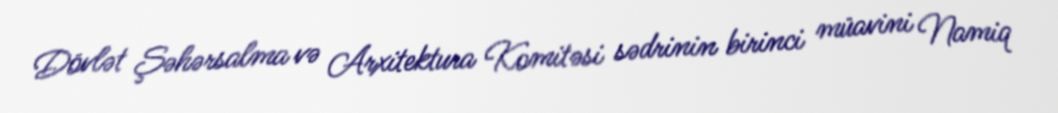
Dövlət Şəhərsalma və Arxitektura Komitəsi sədrinin birinci müavini Namiq